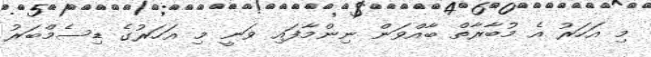
މި އަހަރު އެ މުބާރާތް ބާއްވަން ނިންމާފައި ވަނީ މި އަހަރުގެ ޑިސެމްބަރު